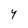
Character: 4